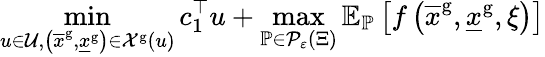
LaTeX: \operatorname*{min}_{u\in{\mathcal U},\left(\overline{{x}}^{\mathrm{g}},\underline{{x}}^{\mathrm{g}}\right)\in{\mathcal X}^{\mathrm{g}}\left(u\right)}{c}_{1}^{\top}{u}+\operatorname*{max}_{{\mathbb P}\in{\mathcal P}_{\varepsilon}\left({\Xi}\right)}{\mathbb E}_{\mathbb P}\left[f\left(\overline{{x}}^{\mathrm{g}},\underline{{x}}^{\mathrm{g}},{\xi}\right)\right]